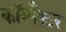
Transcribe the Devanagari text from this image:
कॉम्पैक्टर